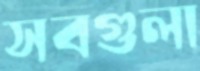
সবগুলা